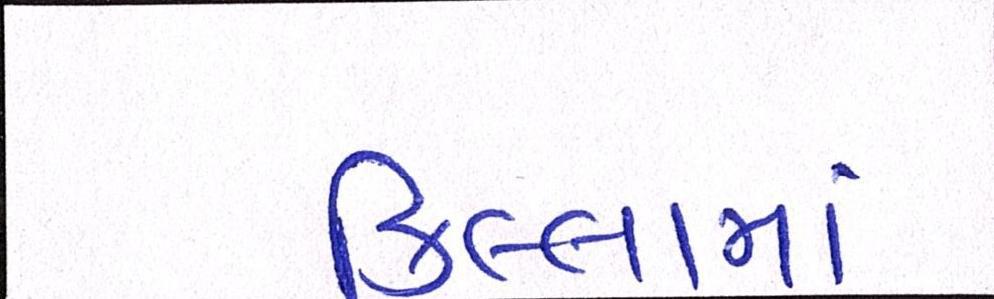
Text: કિલ્લામાં